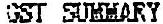
GST SUMMARY